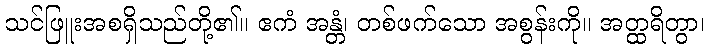
သင်ဖြူးအစရှိသည်တို့၏။ ဧကံ အန္တံ၊ တစ်ဖက်သော အစွန်းကို။ အတ္ထရိတွာ၊